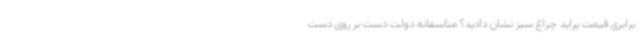
برابری قیمت پراید چراغ سبز نشان دادید؟ متاسفانه دولت دست بر روی دست